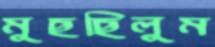
মুছছিলুম